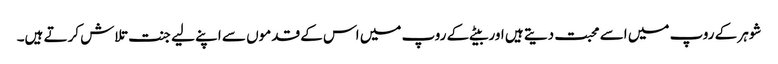
شوہر کے روپ میں اسے محبت دیتے ہیں اور بیٹے کے روپ میں اس کے قدموں سے اپنے لیے جنت تلاش کرتے ہیں۔